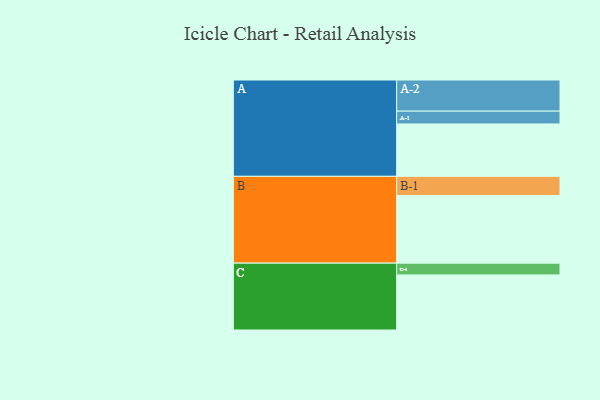
{"axis": {"x": "Segment", "y": "Value"}, "legend": ["", "A", "B", "C"], "data": [{"x": "A", "y": 446, "type": ""}, {"x": "B", "y": 576, "type": ""}, {"x": "C", "y": 469, "type": ""}, {"x": "A-1", "y": 109, "type": "A"}, {"x": "A-2", "y": 265, "type": "A"}, {"x": "B-1", "y": 163, "type": "B"}, {"x": "C-1", "y": 100, "type": "C"}]}